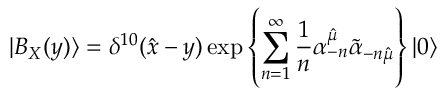
| B _ { X } ( y ) \rangle = \delta ^ { 1 0 } ( { \hat { x } } - y ) \exp \left\{ { \sum _ { n = 1 } ^ { \infty } { \frac { 1 } { n } } \alpha _ { - n } ^ { \hat { \mu } } { \tilde { \alpha } } _ { - n { \hat { \mu } } } } \right\} | 0 \rangle